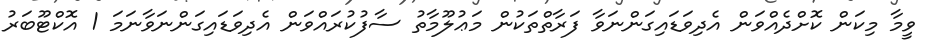
ވީމާ މިކަން ކޮށްދެއްވަން އެދިވަޑައިގަންނަވާ ފަރާތްތަކުން މަޢުލޫމާތު ސާފުކުރައްވަން އެދިވަޑައިގަންނަވާނަމަ 1 އޮކްޓޫބަރު